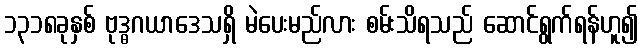
၁၃၁၈ခုနှစ် ဗုဒ္ဓဂယာဒေသရှိ မဲပေးမည်လား စမ်းသိရသည် ဆောင်ရွက်ရန်ဟူ၍